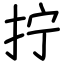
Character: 拧